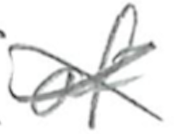
Text: of
Cross-out: cross
Writing tool: pencil